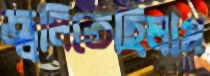
জ্বলিতেছিলাম